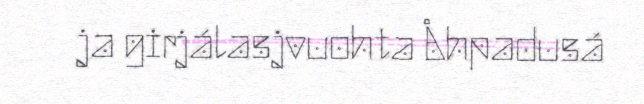
ja girjálasjvuohta Åhpadusá